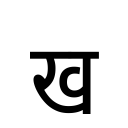
OCR:
ख